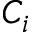
C _ { i }